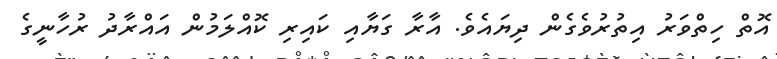
އޮތް ހިތްވަރު އިތުރުވެގެން ދިޔައެވެ. އާރާ ގަޔާއި ކައިރި ކޮއްލަމުން އައްރާދު ރުހާނީގެ